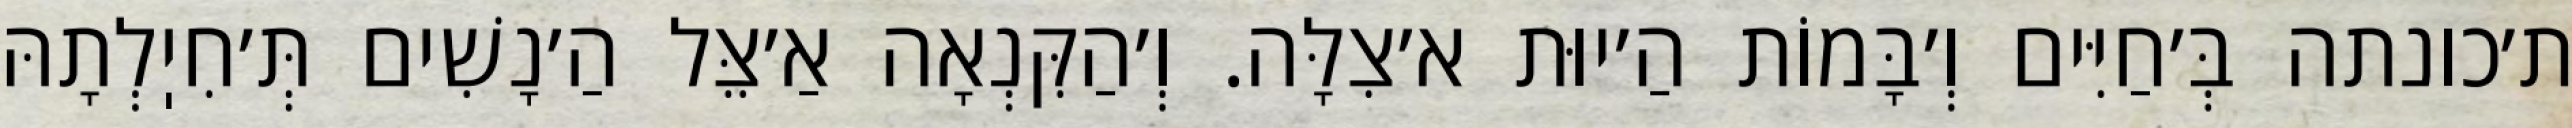
ת׳כונתה בְּ׳חַיִּים וְ׳בָּמוֹת הַ׳יוּת א׳צִלָּה. וְ׳הַקִּנְאָה אַ׳צֵּל הַ׳נָשִׁים תְּ׳חִיֽלְתָהּ